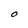
Character: O